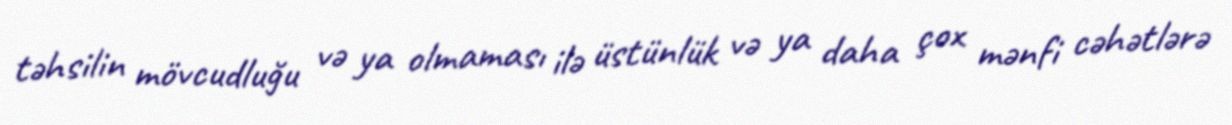
təhsilin mövcudluğu və ya olmaması ilə üstünlük və ya daha çox mənfi cəhətlərə